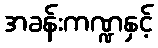
အခန်းကဏ္ဍနှင့်